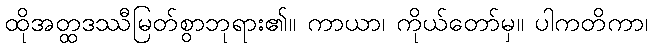
ထိုအတ္ထဒဿီမြတ်စွာဘုရား၏။ ကာယာ၊ ကိုယ်တော်မှ။ ပါကတိကာ၊